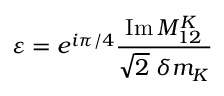
\varepsilon = e ^ { i \pi / 4 } \frac { \mathrm { I m } \, M _ { 1 2 } ^ { K } } { \sqrt 2 \; \delta m _ { K } } \,